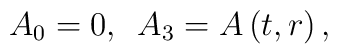
A_{0}=0,\, \, \, A_{3}=A\left( t,r\right) ,